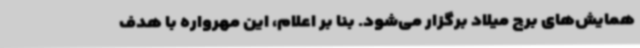
همایش‌های برج میلاد برگزار می‌شود. بنا بر اعلام، این مهرواره با هدف